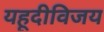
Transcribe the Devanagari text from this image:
यहूदीविजय